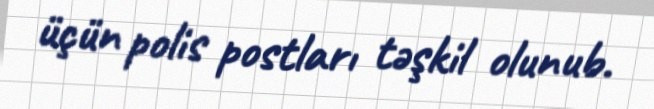
üçün polis postları təşkil olunub.